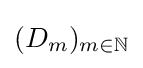
(D_{m})_{m\in \mathbb {N} }